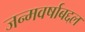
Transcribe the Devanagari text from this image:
जन्मवर्षाबद्दल